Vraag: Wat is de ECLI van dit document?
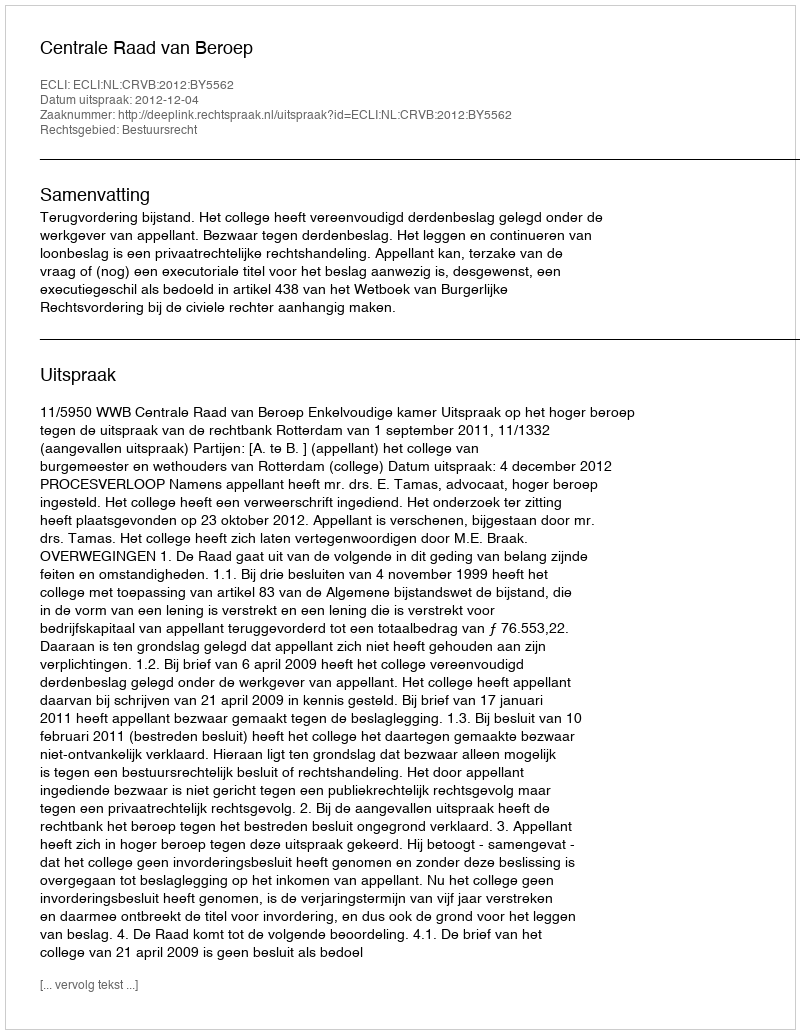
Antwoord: ECLI:NL:CRVB:2012:BY5562